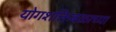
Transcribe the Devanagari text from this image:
योगशक्तिबळाच्या